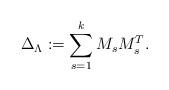
LaTeX: \begin{align*}\Delta_{\Lambda} := \sum_{s=1}^k M_sM_s^T.\end{align*}